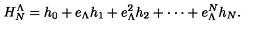
H _ { N } ^ { \Lambda } = h _ { 0 } + e _ { \Lambda } h _ { 1 } + e _ { \Lambda } ^ { 2 } h _ { 2 } + \cdot \cdot \cdot + e _ { \Lambda } ^ { N } h _ { N } .